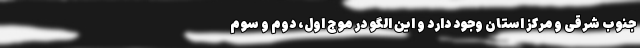
جنوب شرقی و مرکز استان وجود دارد و این الگو در موج اول، دوم و سوم